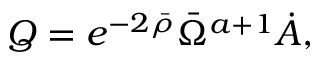
Q = e ^ { - 2 \bar { \rho } } \bar { \Omega } ^ { a + 1 } \dot { A } ,